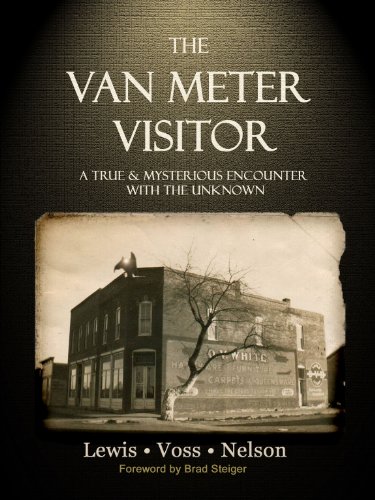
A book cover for The Van Meter Visitor: A True and Mysterious Encounter with the Unknown; Chad Lewis; Travel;